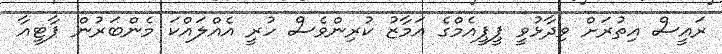
ރައީސް އިތުރަށް ވިދާޅުވީ ޕީޕީއެމްގެ އަމާޒު ކުރިންވެސް ހުރީ އެއްލައްކަ މެންބަރުން ޕާޓީއާ